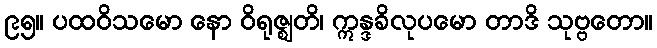
၉၅။ ပထဝိသမော နော ဝိရုဇ္ဈတိ၊ ဣန္ဒခိလုပမော တာဒိ သုဗ္ဗတော။